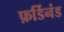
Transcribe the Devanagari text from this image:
फ़र्डिनंड